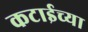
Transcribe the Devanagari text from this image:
कटाईच्या